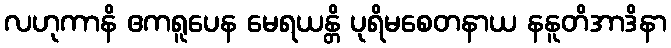
လဟုကာနိ ဧကရူပေန မေရယန္တိ ပုရိမစေတနာယ နနူတိအာဒိနာ